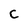
Character: C